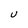
Character: U